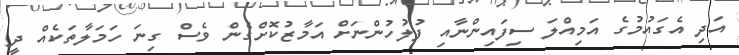
އަދި އެގައުމުގެ އަމިއްލަ ސިފައިންނާއި ފުލުހުންނަށް އަމާޒުކޮށްގެން ވެސް ގިނަ ހަމަލާތަކެއް ދީ